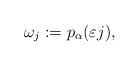
LaTeX: \begin{align*}\omega_j := p_\alpha(\varepsilon j),\end{align*}